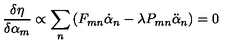
\frac { \delta \eta } { \delta \alpha _ { m } } \propto \sum _ { n } \left( F _ { m n } \dot { \alpha } _ { n } - \lambda P _ { m n } \ddot { \alpha } _ { n } \right) = 0